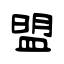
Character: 盟